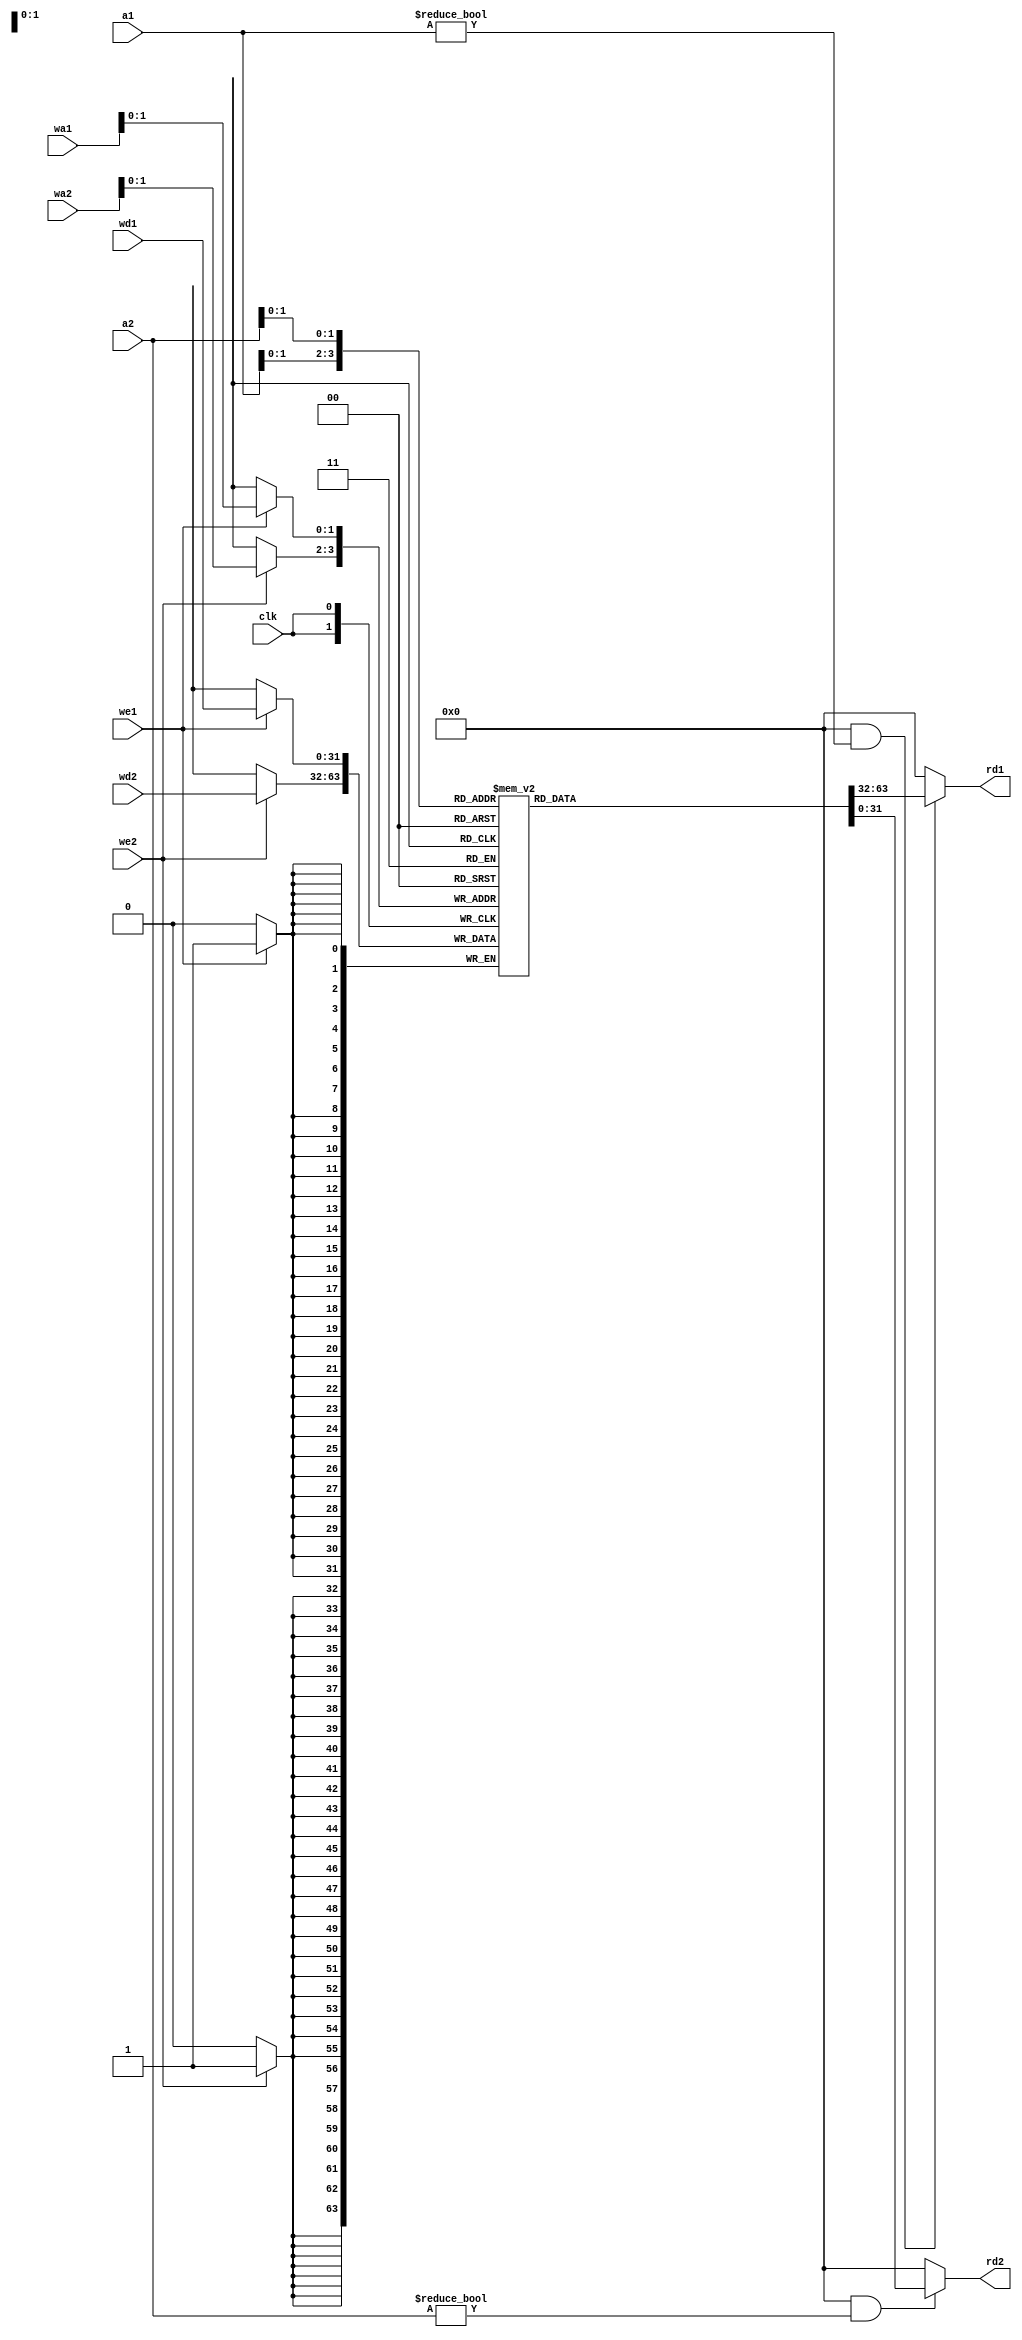
/**
 * Register File.
 * A small memory, typically built with flip-flops, that is very fast
 * and is highly parallel.  It is typically built with a small SRAM or
 * Flip-Flops.
 */
module reg_file
  // Set to 1 to make register $0 always read as 0.
  #(parameter ZERO_REG = 0)
  (
   input         clk,
   input         we1, we2,
   input [3:0]   a1, a2, wa1, wa2,
   input [31:0]  wd1, wd2,
   output [31:0] rd1, rd2);

   // Internal register memory
   reg [31:0]    rf[3:0];
   
   // Two read-ports are combinational logic.
   assign rd1 = (ZERO_REG && a1 != 0) ? rf[a1] : 0;
   assign rd2 = (ZERO_REG && a2 != 0) ? rf[a2] : 0;

   // Sequential write logic
   always @(posedge clk) begin
      if (we1) rf[wa1] <= wd1;
      if (we2) rf[wa2] <= wd2;
   end
endmodule // reg_file